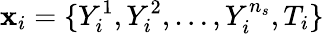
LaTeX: \mathbf x_{i}=\{ Y_{i}^{1},Y_{i}^{2},\dots,Y_{i}^{n_{s}},T_{i}\}